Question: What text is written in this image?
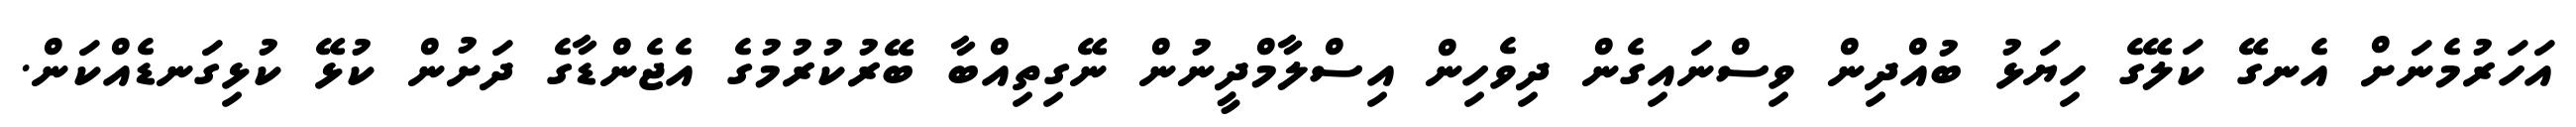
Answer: އަހަރުމެނަށް އެނގޭ ކަލޭގެ ހިޔަޅު ބުއްދިން ވިސްނައިގެން ދިވެހިން އިސްލާމްދީނުން ނޭގިތިއްބާ ބޭރުކުރުމުގެ އެޖެންޑާގެ ދަށުން ކުޅޭ ކުޅިގަނޑެއްކަން.